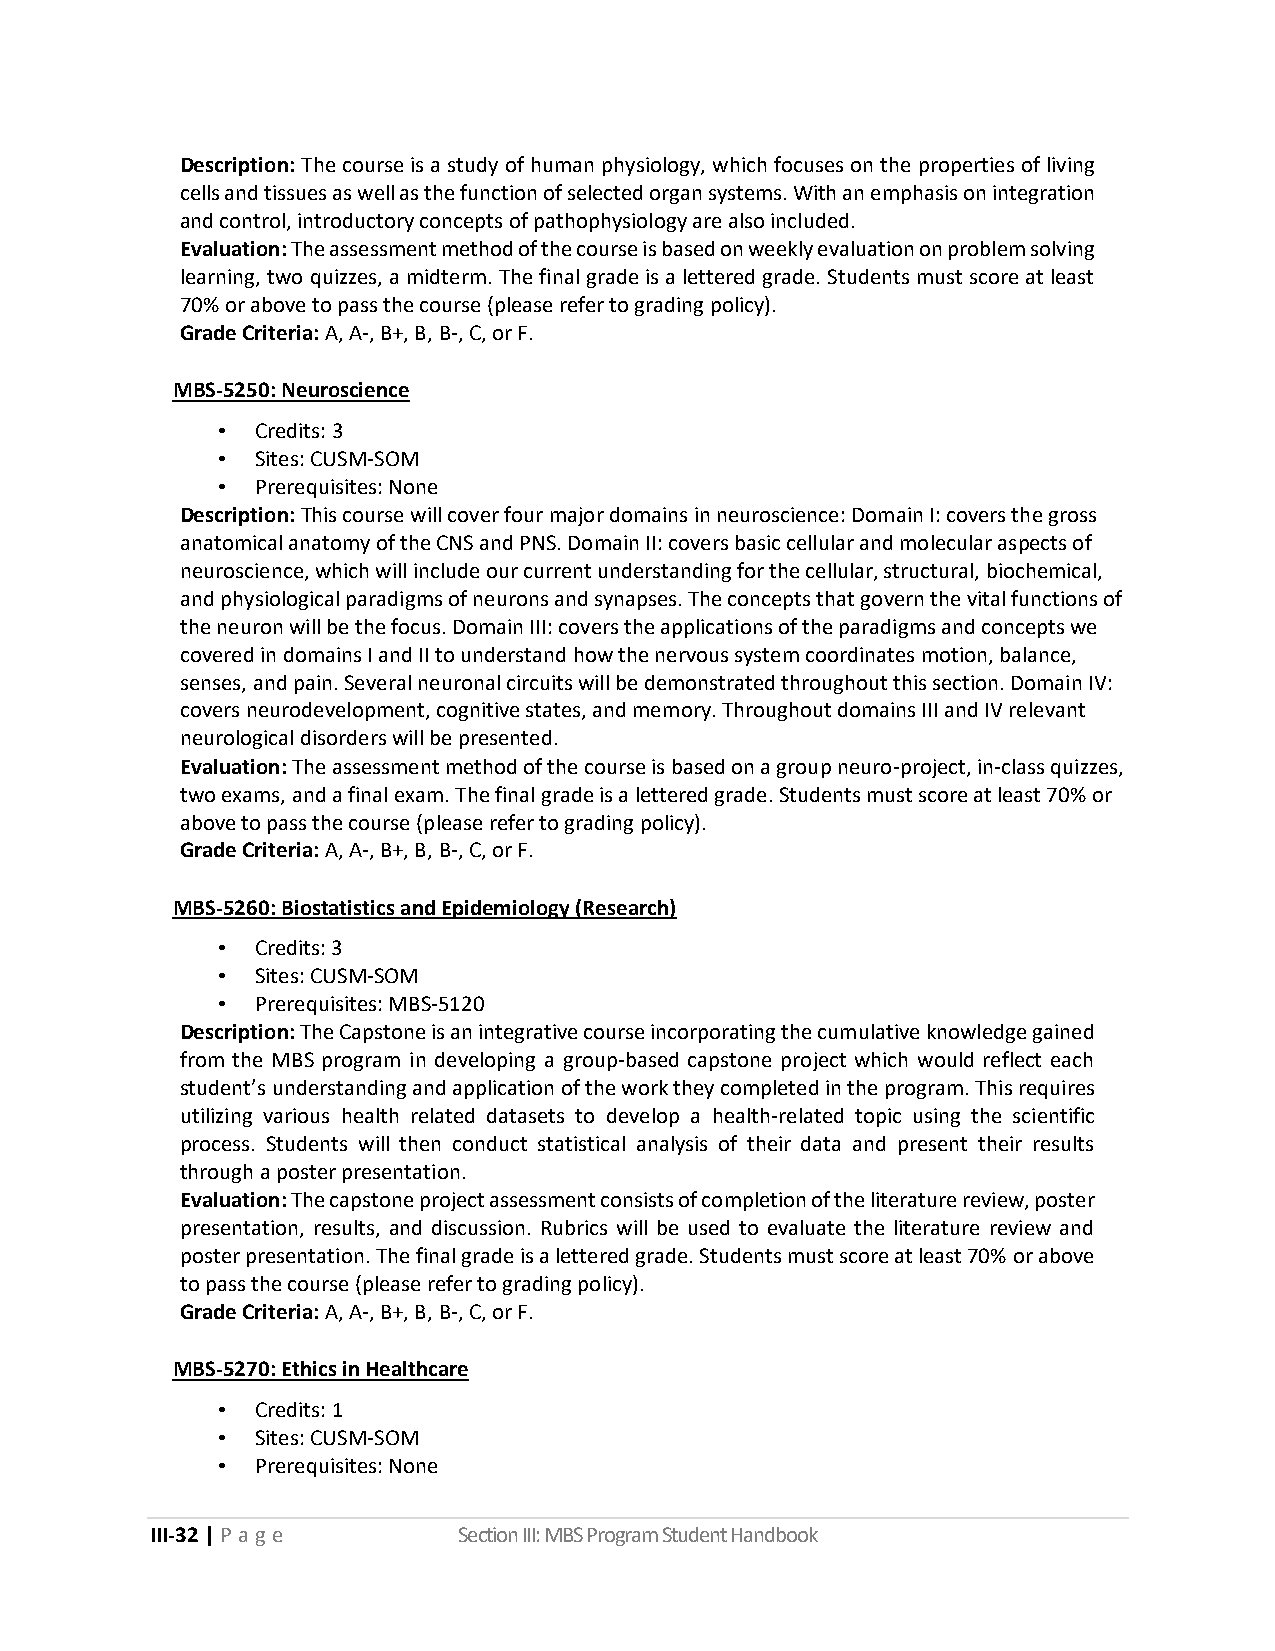
Description: The course is a study of human physiology, which focuses on the properties of living
 cells and tissues as well as the function of selected organ systems. With an emphasis on integration
 and control, introductory concepts of pathophysiology are also included.
 Evaluation: The assessment method of the course is based on weekly evaluation on problem solving
 learning, two quizzes, a midterm. The final grade is a lettered grade. Students must score at least
 70% or above to pass the course (please refer to grading policy).
 Grade Criteria: A, A-, B+, B, B-, C, or F.
 MBS-5250: Neuroscience
 •  Credits: 3
 •  Sites: CUSM-SOM
 •  Prerequisites: None
 Description: This course will cover four major domains in neuroscience: Domain I: covers the gross
 anatomical anatomy of the CNS and PNS. Domain II: covers basic cellular and molecular aspects of
 neuroscience, which will include our current understanding for the cellular, structural, biochemical,
 and physiological paradigms of neurons and synapses. The concepts that govern the vital functions of
 the neuron will be the focus. Domain III: covers the applications of the paradigms and concepts we
 covered in domains I and II to understand how the nervous system coordinates motion, balance,
 senses, and pain. Several neuronal circuits will be demonstrated throughout this section. Domain IV:
 covers neurodevelopment, cognitive states, and memory. Throughout domains III and IV relevant
 neurological disorders will be presented.
 Evaluation: The assessment method of the course is based on a group neuro-project, in-class quizzes,
 two exams, and a final exam. The final grade is a lettered grade. Students must score at least 70% or
 above to pass the course (please refer to grading policy).
 Grade Criteria: A, A-, B+, B, B-, C, or F.
 MBS-5260: Biostatistics and Epidemiology (Research)
 •  Credits: 3
 •  Sites: CUSM-SOM
 •  Prerequisites: MBS-5120
 Description: The Capstone is an integrative course incorporating the cumulative knowledge gained
 from the MBS program in developing a group-based capstone project which would reflect each
 student’s understanding and application of the work they completed in the program. This requires
 utilizing various health related datasets to develop a health-related topic using the scientific
 process. Students will then conduct statistical analysis of their data and present their results
 through a poster presentation.
 Evaluation: The capstone project assessment consists of completion of the literature review, poster
 presentation, results, and discussion. Rubrics will be used to evaluate the literature review and
 poster presentation. The final grade is a lettered grade. Students must score at least 70% or above
 to pass the course (please refer to grading policy).
 Grade Criteria: A, A-, B+, B, B-, C, or F.
 MBS-5270: Ethics in Healthcare
 •  Credits: 1
 •  Sites: CUSM-SOM
 •  Prerequisites: None
 III-32 | P a ge     Section III: MBS Program Student Handbook